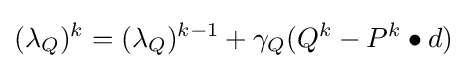
(\lambda _{Q})^{k}=(\lambda _{Q})^{k-1}+\gamma _{Q}(Q^{k}-P^{k}\bullet d)